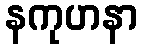
နကုဟနာ